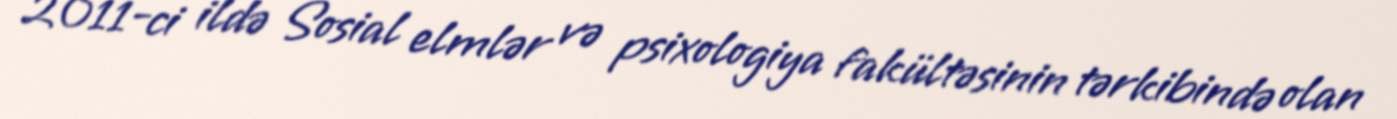
2011-ci ildə Sosial elmlər və psixologiya fakültəsinin tərkibində olan